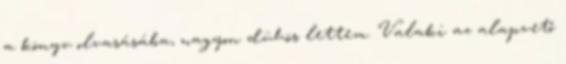
a könyv olvasásába, nagyon dühös lettem. Valaki az alapvető